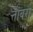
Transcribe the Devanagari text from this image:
त्ताबरों